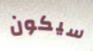
سيكون